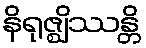
နိရုဇ္ဈိဿန္တိ